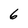
Character: 6